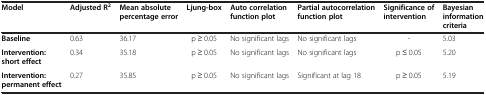
<table><thead><tr><td><b>Model</b></td><td><b>Adjusted R<sup>2</sup></b></td><td><b>Mean absolute percentage error</b></td><td><b>Ljung-box</b></td><td><b>Auto correlation function plot</b></td><td><b>Partial autocorrelation function plot</b></td><td><b>Significance of intervention</b></td><td><b>Bayesian information criteria</b></td></tr></thead><tbody><tr><td><b>Baseline</b></td><td>0.63</td><td>36.17</td><td>p ≥ 0.05</td><td>No significant lags</td><td>No significant lags</td><td>-</td><td>5.03</td></tr><tr><td><b>Intervention: short effect</b></td><td>0.34</td><td>35.18</td><td>p ≥ 0.05</td><td>No significant lags</td><td>No significant lags</td><td>p ≤ 0.05</td><td>5.20</td></tr><tr><td><b>Intervention: permanent effect</b></td><td>0.27</td><td>35.85</td><td>p ≥ 0.05</td><td>No significant lags</td><td>Significant at lag 18</td><td>p ≥ 0.05</td><td>5.19</td></tr></tbody></table>